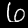
Label: 6